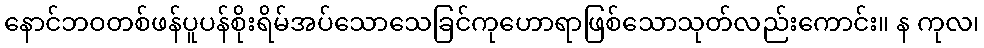
နောင်ဘဝတစ်ဖန်ပူပန်စိုးရိမ်အပ်သောသေခြင်ကုဟောရာဖြစ်သောသုတ်လည်းကောင်း။ န ကုလ၊